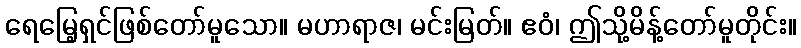
ရေမြေ့ရှင်ဖြစ်တော်မူသော။ မဟာရာဇ၊ မင်းမြတ်။ ဧဝံ၊ ဤသို့မိန့်တော်မူတိုင်း။